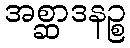
အစ္ဆာဒနဉ္စ